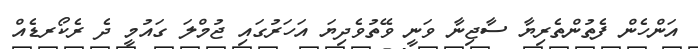
އަންހެން ފެތުންތެރިޔާ ސާޖިނާ ވަނީ ވޭތުވެދިޔަ އަހަރުގައި ޖުމްލަ ގައުމީ ދެ ރެކޯރޑެއް